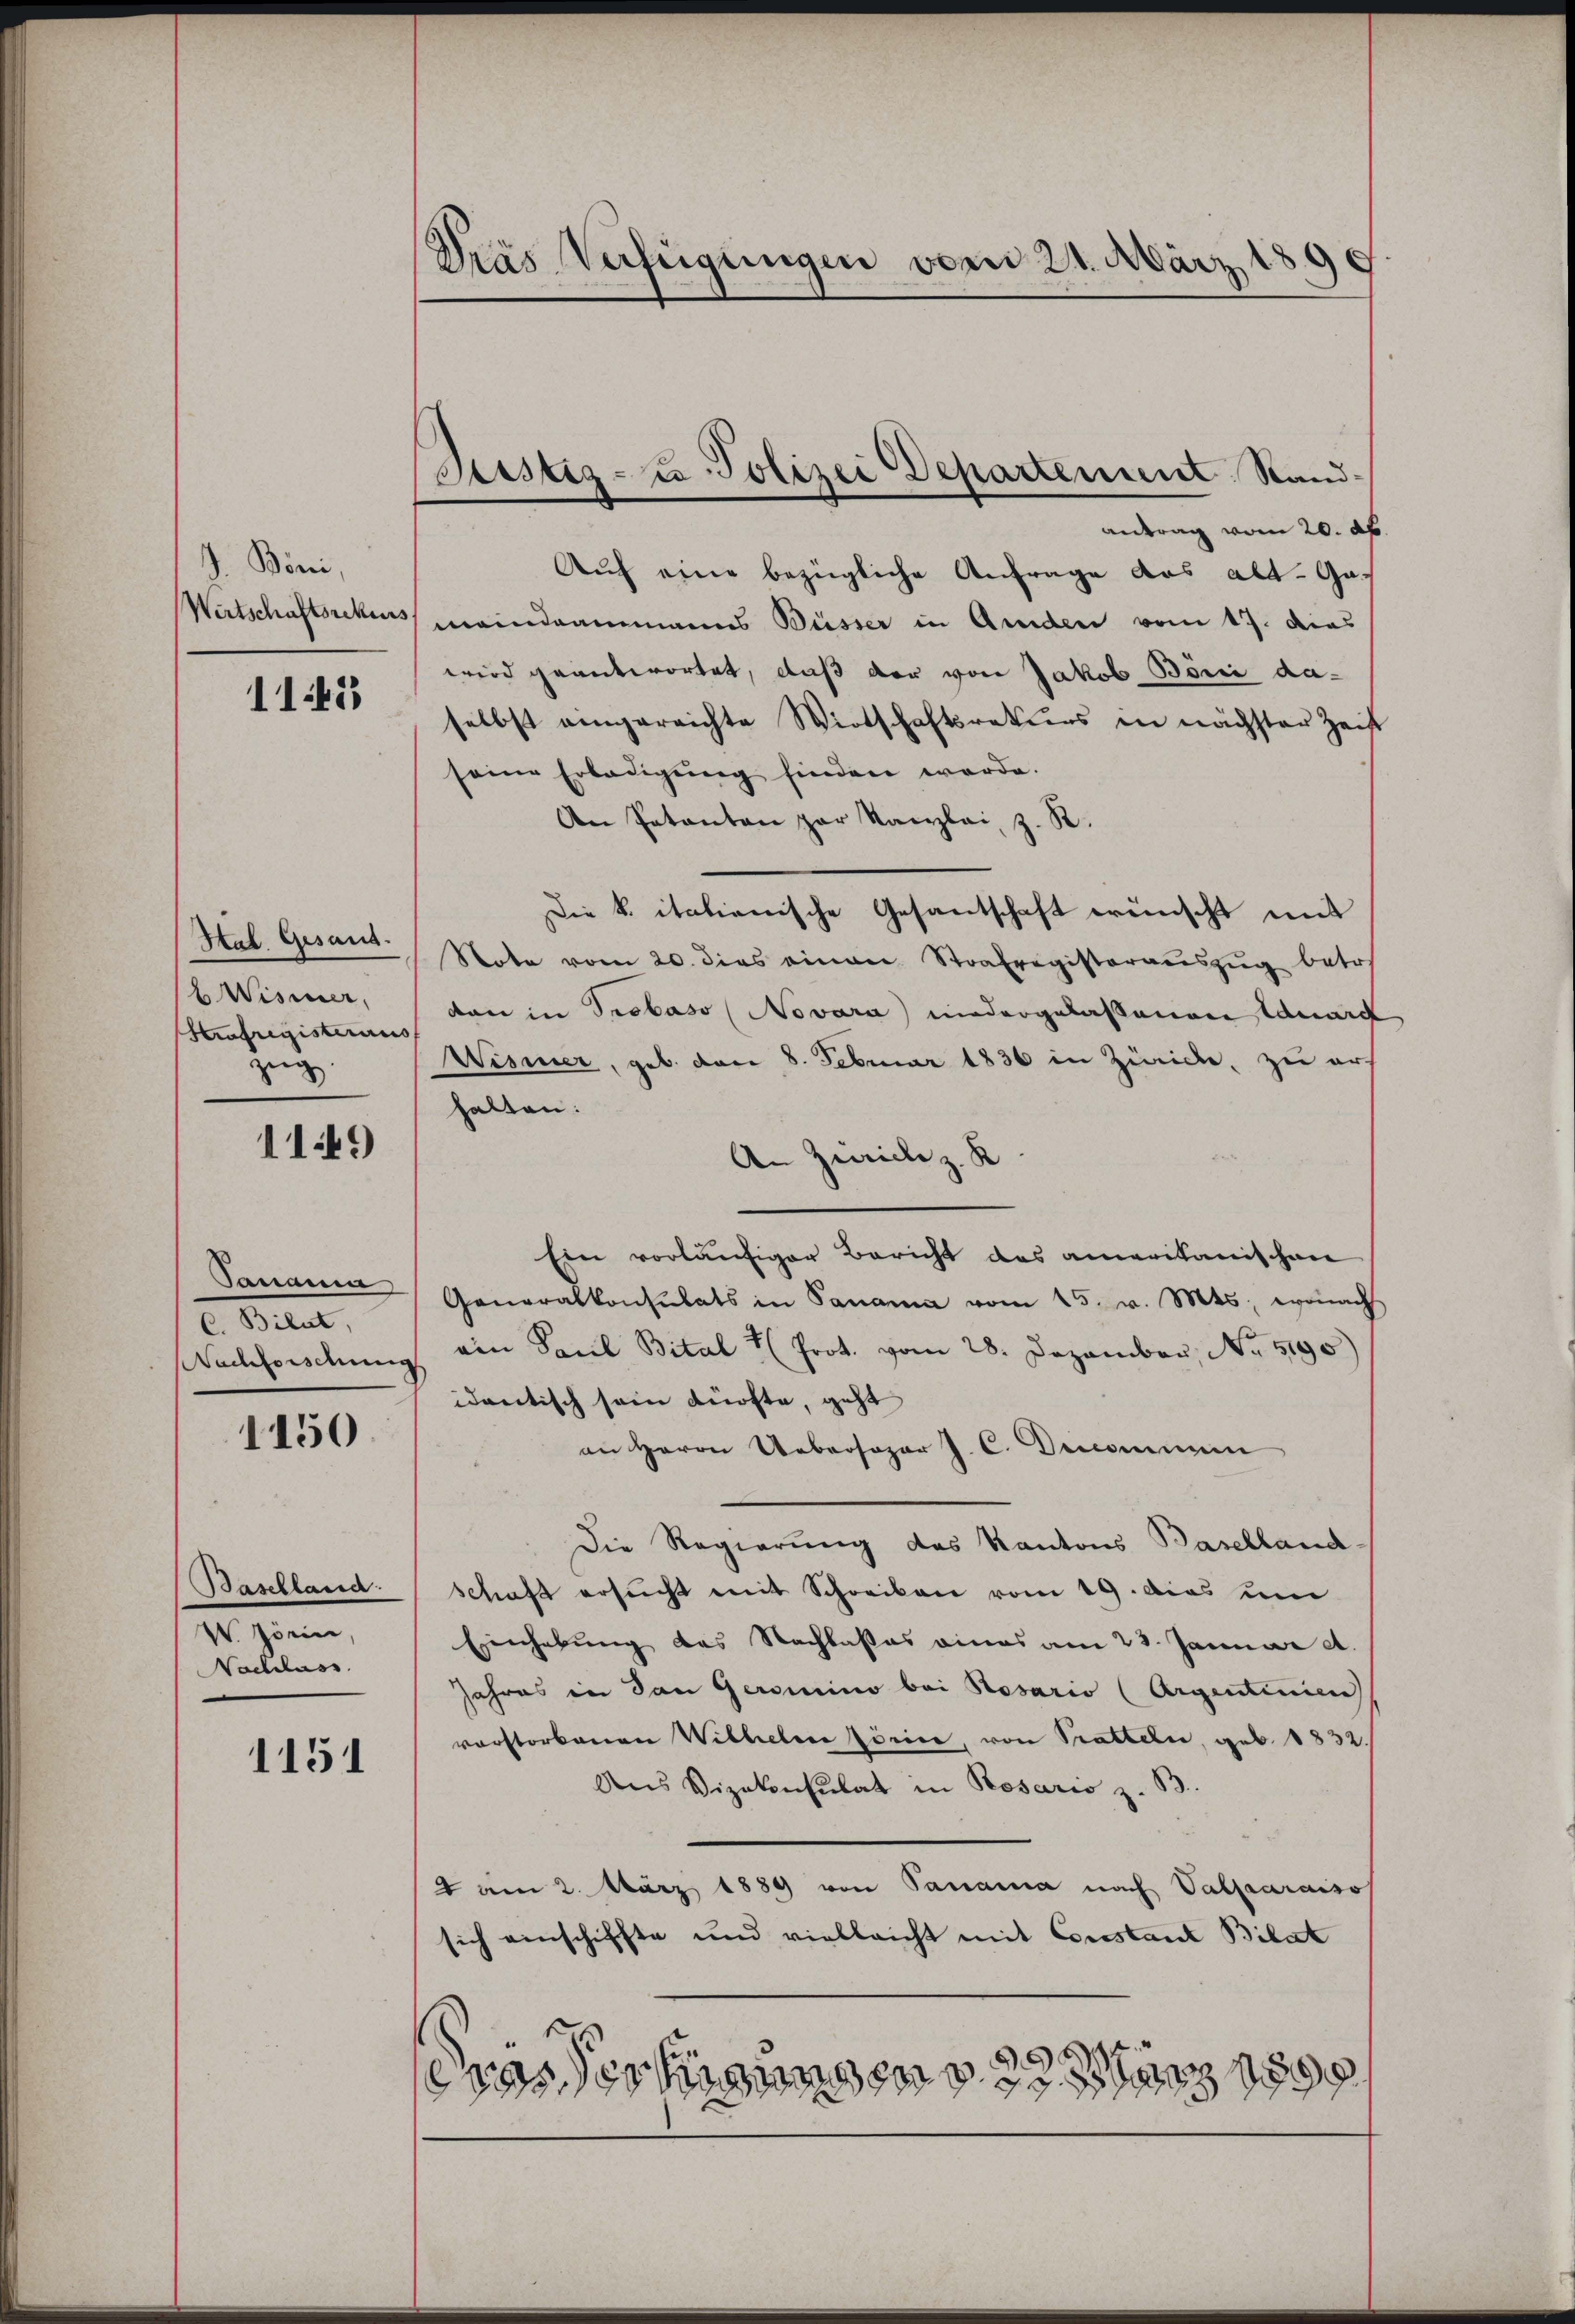
. Böni,
Wirtschaftsrekurs

11453

Hal. Gesand.
Wismer,
Strafregisterius
zug.

1149

Tanama
C. Bilat,
Nachforschung

1150.

Baselland.
V. Zörin,
Nachlass

1151

Pras Verfügungen vom 21. März 1
c

usig- u Polizei Departement Standantrag vom 20. d.

Auch eine bezügliche Anfrage das alt. Gameindeammanns Büsser in Amden vom 17. dies
wird geantwortet, daß der von Jakob Bönić daselbst angereichte Wirtschaftsrekŭrs in nächster Zeit
seine Erledigŭng finden werde.
An Patenten par Kanzlei z. R.
Die k. italienische Gesantschaft wünscht mit
Note vom 20. dies einen Strafregisteraŭszŭg betr.
dan in Probaso (Novara niedergelassenen Canart
Wismer, geb. vom 8. Februar 1836 in Zürich, zu ers
halten:
An Zürich z. K
Ein vorläufiger Bericht das amerikanischen
Generalkonsulats in Panama vom 15. v. Mts, wonach
ein Paul Bital Prot. vom 28. Dezember, No. 5190)
idantisch sein dürfte, geht
an Herrn Uebersoper J. C. Denommen
Die Regierung des Kantons Baselland-
schaft ersŭcht mit Schreiben vom 19. das ŭm
Einhebung des Nachlasses eines am 28. Januar a.
Jahres in den Geromino bei Rosario (Argentinien
vorstorbenen Willeter Pörice, von Tratteln, geb. 1832.
Ans Vizekonsulat in Rosario z. B.
2 am 2. März 1889 von Panama nach Valparaiso
sich einschiffte und vielleicht mit Constant Bilat
)
coss der hinungen ganz